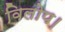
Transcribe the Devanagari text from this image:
विलोप।